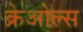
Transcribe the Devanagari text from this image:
क्रेओल्स